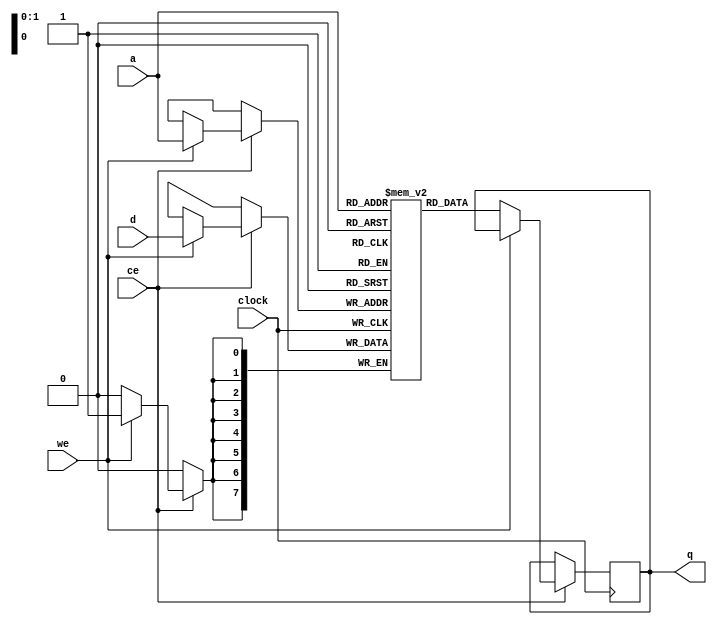
//-------------------------------------------------------------------------------------------------
module ram
//-------------------------------------------------------------------------------------------------
#
(
	parameter KB = 0,
	parameter FN = ""
)
(
	input  wire                      clock,
	input  wire                      ce,
	input  wire                      we,
	input  wire[$clog2(KB*1024)-1:0] a,
	input  wire[                7:0] d,
	output reg [                7:0] q
);
//-------------------------------------------------------------------------------------------------

reg[7:0] ram[(KB*1024)-1:0];
initial if(FN != "") $readmemh(FN, ram, 0);

always @(posedge clock) if(ce) if(we) ram[a] <= d; else q <= ram[a];

//-------------------------------------------------------------------------------------------------
endmodule
//-------------------------------------------------------------------------------------------------